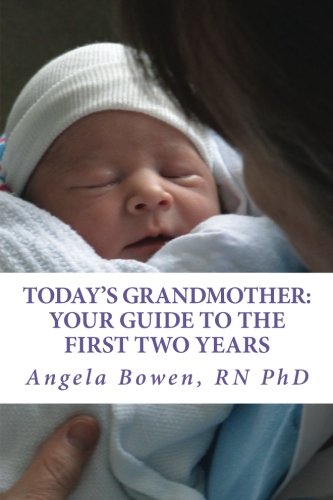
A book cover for Today's Grandmother: Your Guide to the First Two Years: A lot has changed since you had your baby! The how-to book to become an active and engaged grandmother; Dr. Angela Bowen; Parenting & Relationships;